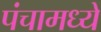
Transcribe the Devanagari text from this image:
पंचामध्ये